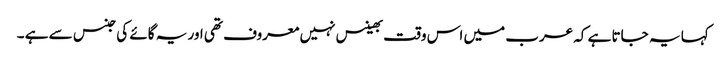
کہا یہ جاتا ہے کہ عرب میں اس وقت بھینس نہیں معروف تھی اور یہ گائے کی جنس سے ہے ۔